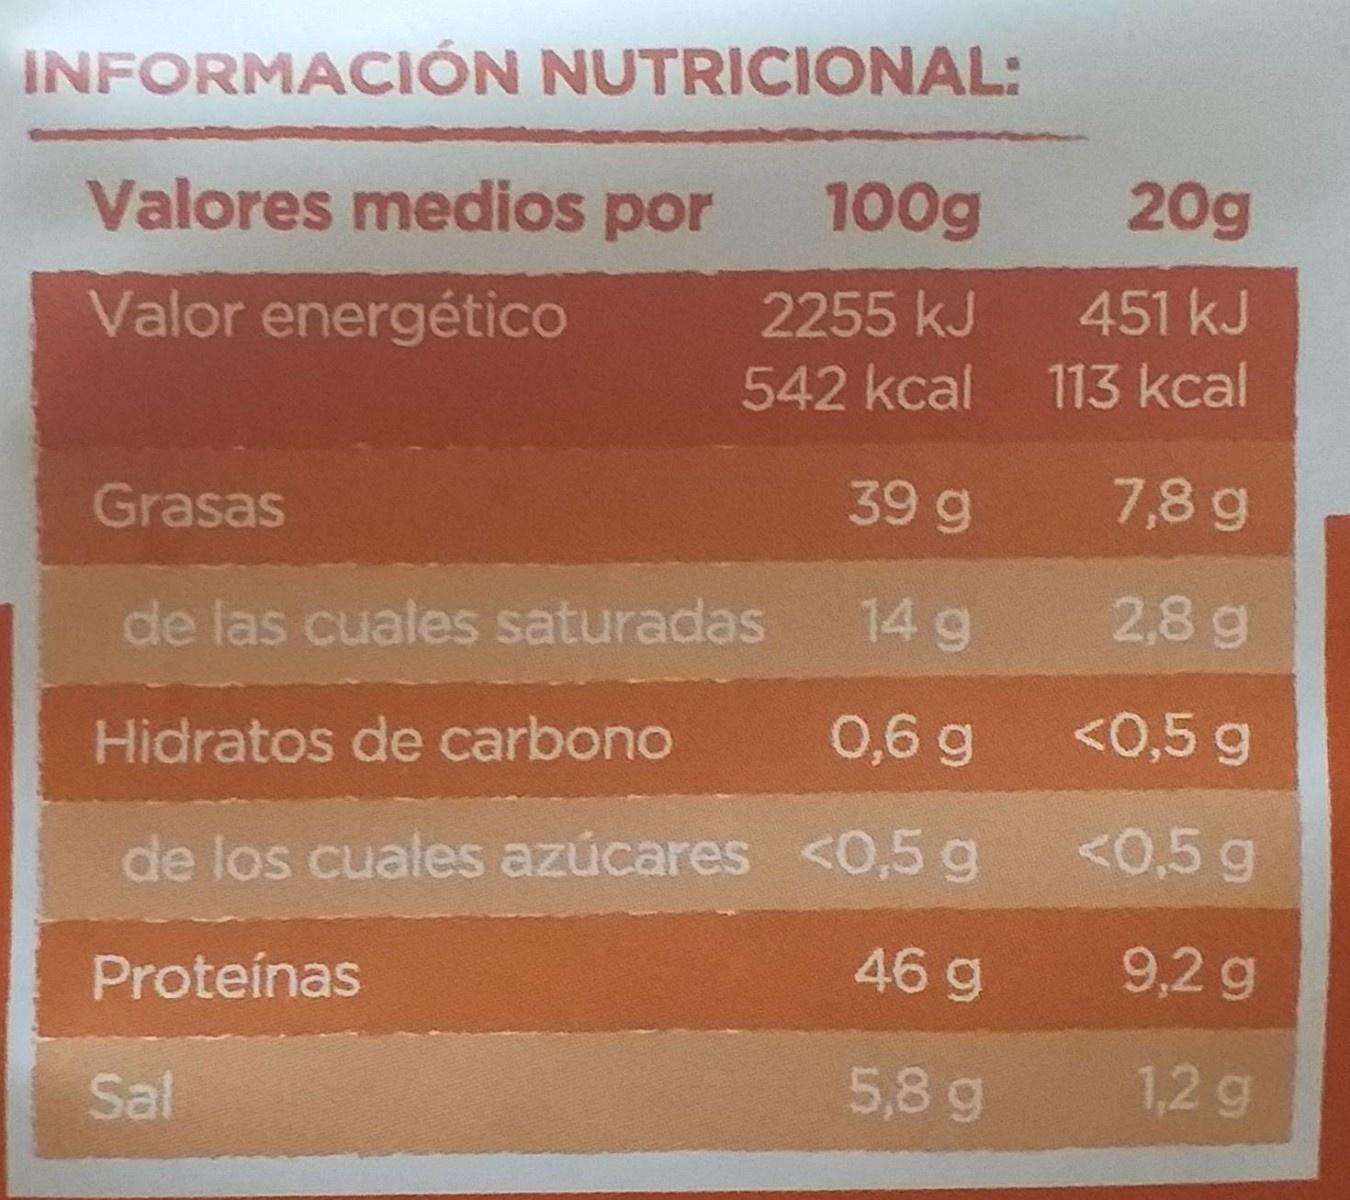
INFORMACIÓN NUTRICIONAL:
Valores medios por
100g
20g
Valor energético
2255 kJ
451 kJ
542 kcal
113 kcal
39 g
7,8 g
Grasas
de las cuales saturadas
14 g
2,8 g
0,6 g
<0,5 g
Hidratos de carbono
<0,5 g
de los cuales azúcares <0,5 g
46 g
9,2 g
Proteínas
Sal
5,8 g
1,2 g